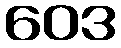
ဝေဒ